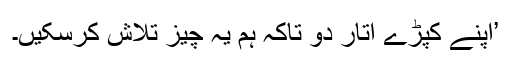
’اپنے کپڑے اتار دو تاکہ ہم یہ چیز تلاش کرسکیں۔